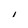
Character: i